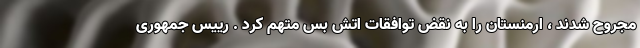
مجروح شدند ، ارمنستان را به نقض توافقات اتش بس متهم کرد . رییس جمهوری